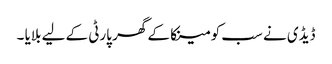
ڈیڈی نے سب کو مینکا کے گھر پارٹی کے لیے بلایا ۔